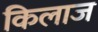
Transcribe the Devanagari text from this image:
किलाज